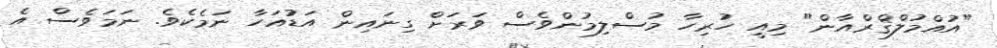
"އުއްމުލްޤްރްއާން" މިއީ ހުރިހާ މުސްލިމުންވެސް ވަރަށް ގިނައިން އަޑުއަހާ ނަމެކެވެ. ނަމަވެސް އެ